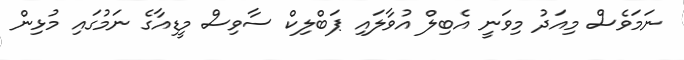
ނަމަވެސް މިއަދު މިވަނީ އެބިލް އުވާލައި ޕަބްލިކް ސާވިސް މީޑިއާގެ ނަމުގައި މުޅިން